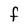
Character: F